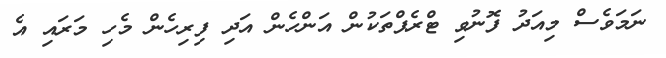
ނަމަވެސް މިއަދު ފޮނުވި ޓްރެޕްތަކުން އަންހެން އަދި ފިރިހެން މެހި މަރައި އެ